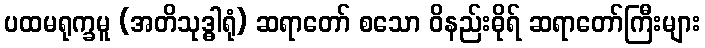
ပထမရုက္ခမူ (အတိသုဒ္ဓါရုံ) ဆရာတော် စသော ဝိနည်းဓိုရ် ဆရာတော်ကြီးများ